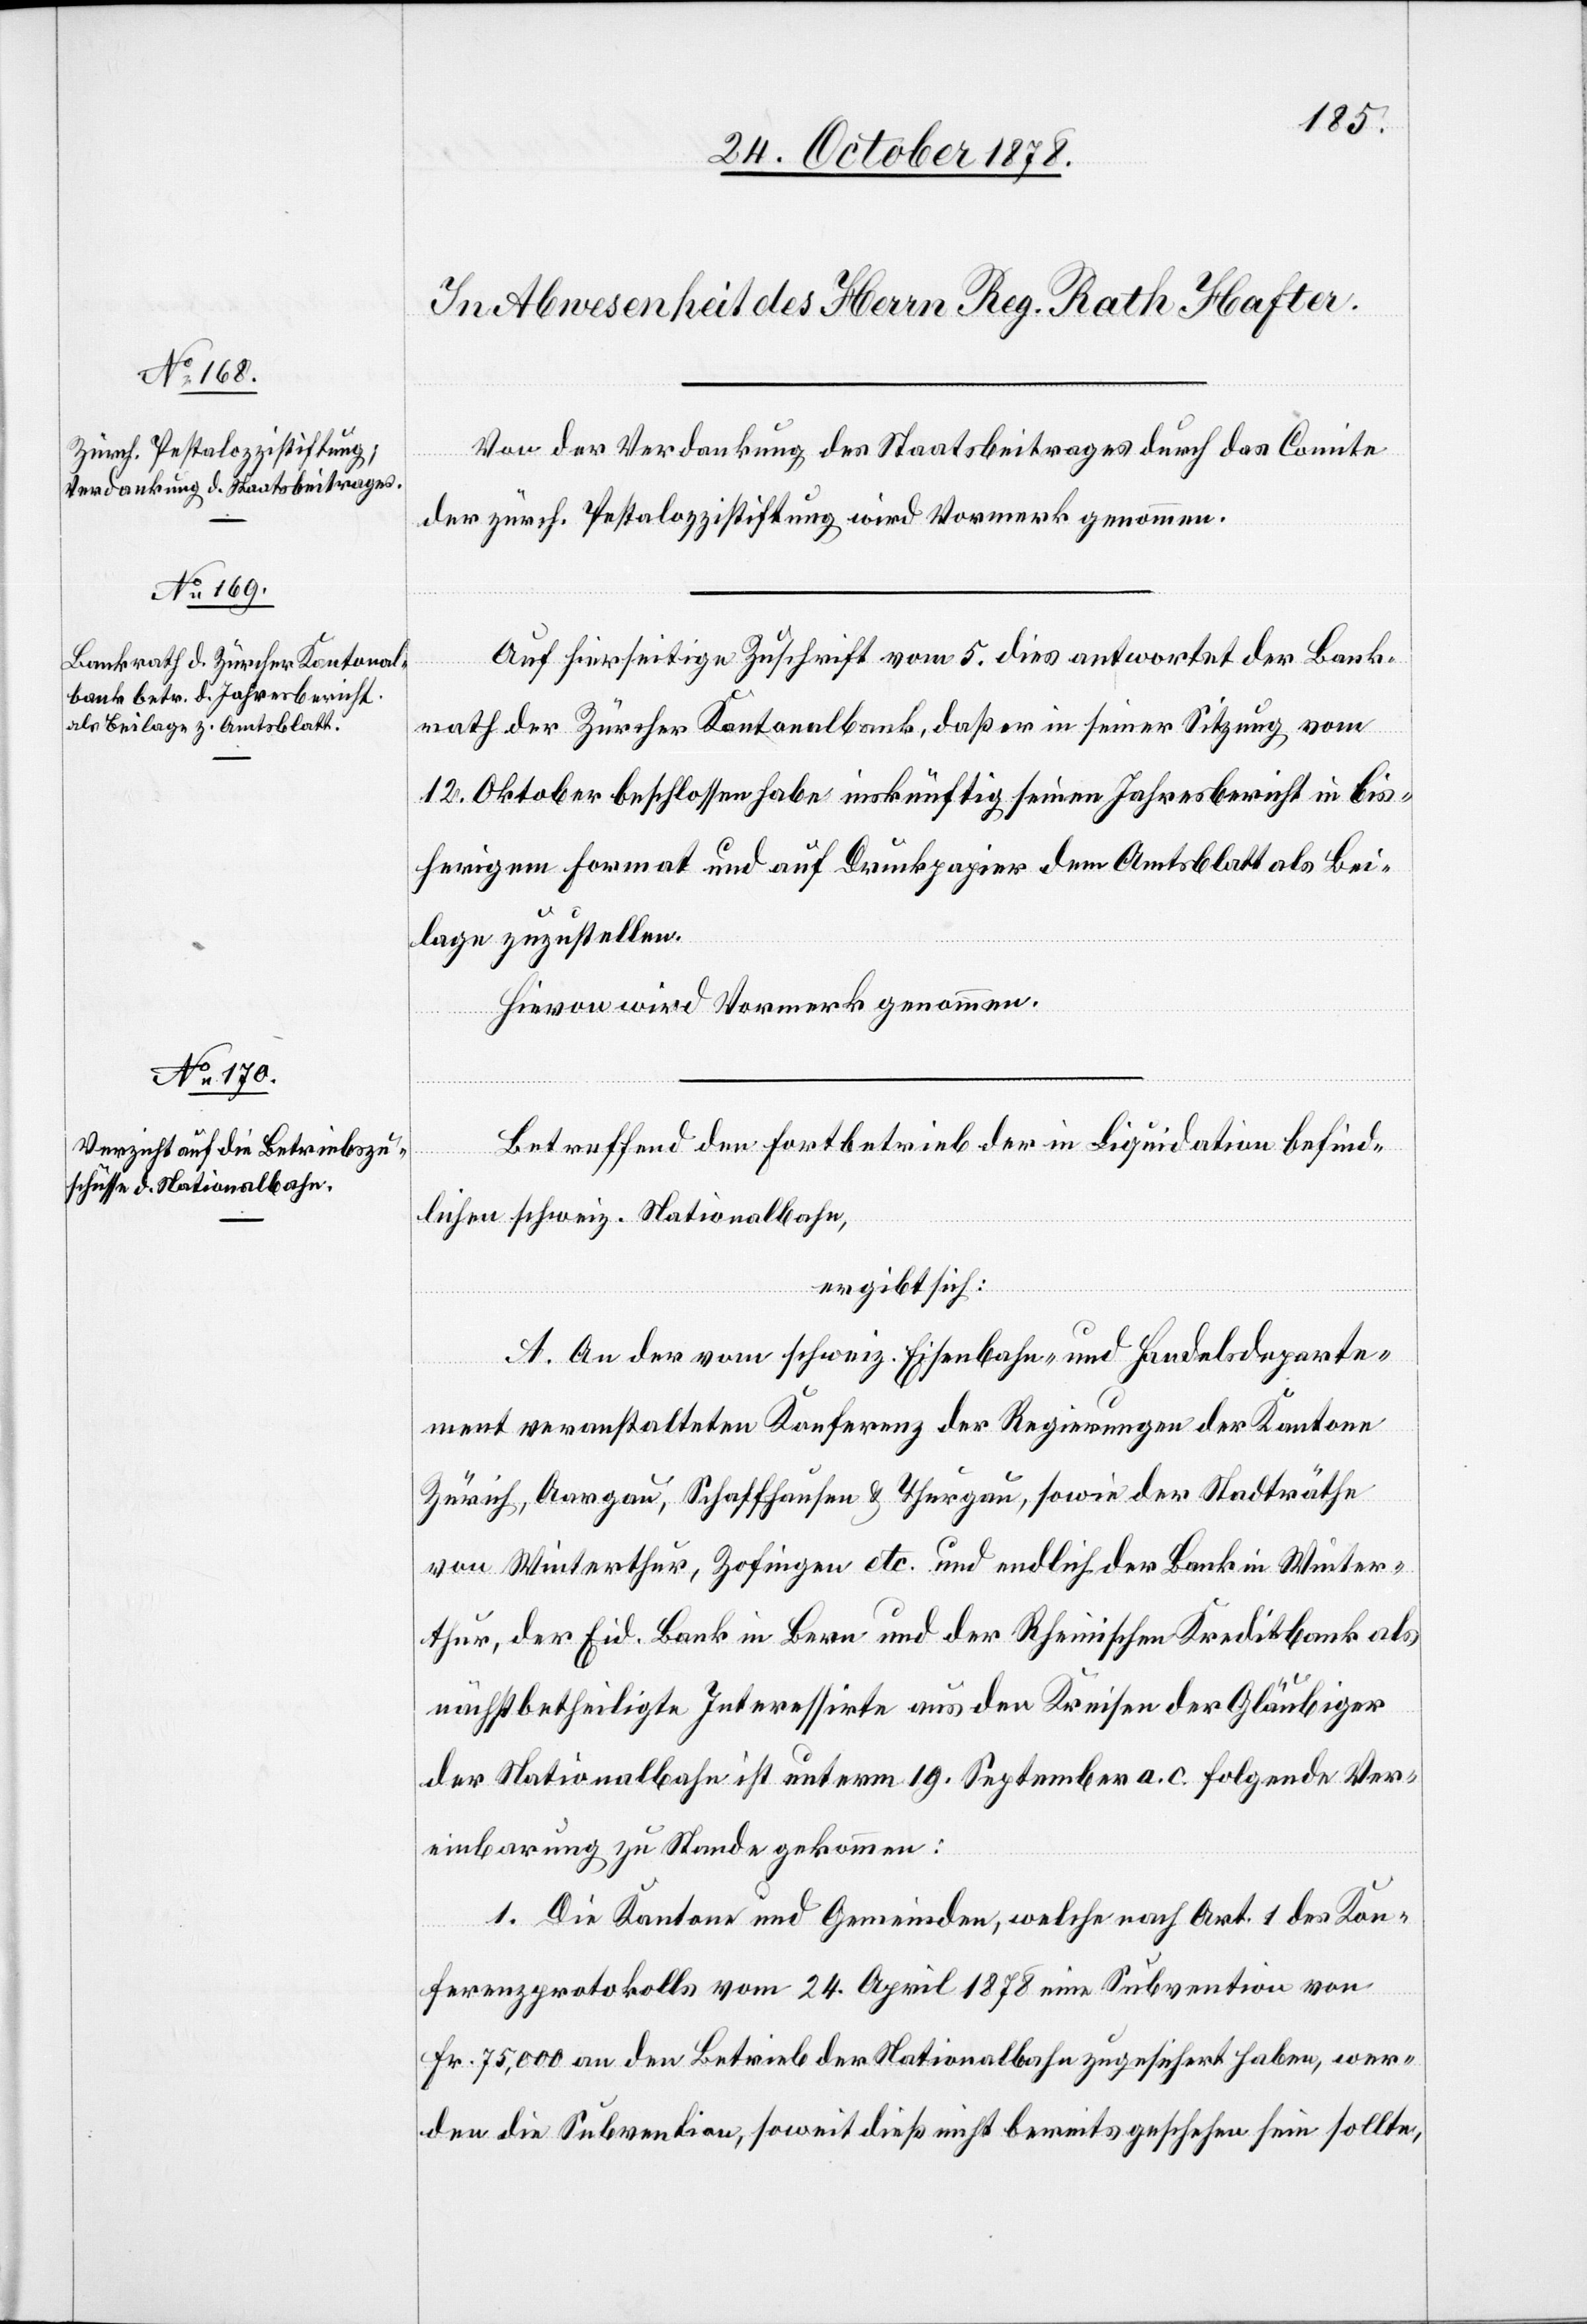
Von der Verdankung des Staatsbeitrages durch das Comite
der zürch. Pestalozzistiftung wird Vormerk genommen.
Auf hierseitige Zuschrift vom 5. dies antwortet der Bank¬
rath der Zürcher Kantonalbank, daß er in seiner Sitzung vom
12. Oktober beschlossen habe inskünftig seinen Jahresbericht in bis¬
herigem Format und auf Druckpapier dem Amtsblatt als Bei¬
lage zuzustellen.
Hievon wird Vormerk genommen.
Betreffend den Fortbetrieb der in Liquidation befind¬
lichen schweiz. Nationalbahn,
ergibt sich:
A. An der vom schweiz. Eisenbahn- und Handelsdeparte¬
ment veranstalteten Konferenz der Regierungen der Kantone
Zürich, Aargau, Schaffhausen & Thurgau, sowie der Stadträthe
von Winterthur, Zofingen etc. und endlich der Bank in Winter¬
thur, der Eid. Bank in Bern und der Rheinischen Kreditbank als
nächstbetheiligte Interessirte aus den Kreisen der Gläubiger
der Nationalbahn ist unterm 19. September a. c. folgende Ver¬
einbarung zu Stande gekommen:
1. Die Kantone und Gemeinden, welche nach Art. 1 des Kon¬
ferenzprotokolls vom 24. April 1878 eine Subvention von
Fr. 75,000 an den Betrieb der Nationalbahn zugesichert haben, wer¬
den die Subvention, soweit dieß nicht bereits geschehen sein sollte,